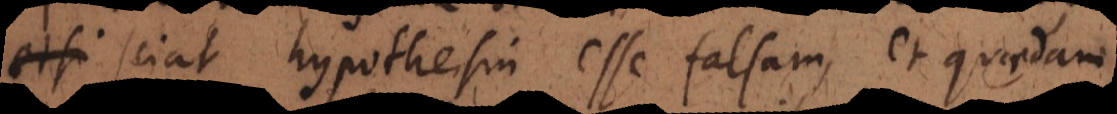
et sciat hypothesin esse falsam, et quaedam